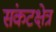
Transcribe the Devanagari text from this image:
संकटक्षेत्र